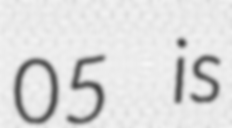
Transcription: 05 is